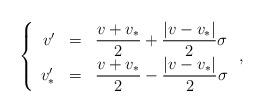
LaTeX: \begin{align*}\label[Ieq]{eq:postcollisionsigma}\left\{\begin{array}{rcl}v' & = & \displaystyle{\frac{v+v_*}{2}+\frac{|v-v_*|}{2}\sigma}\\v_*' &= & \displaystyle{\frac{v+v_*}{2}-\frac{|v-v_*|}{2}\sigma}\end{array}\right.,\end{align*}